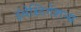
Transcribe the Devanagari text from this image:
इंवेस्टिगेशन्स